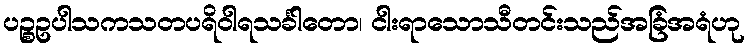
ပဉ္စဥပါသကသတပရိဝါရသင်္ခါတော၊ ငါးရာသောသီတင်းသည်အခြံအရံဟု